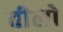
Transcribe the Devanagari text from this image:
वीलो